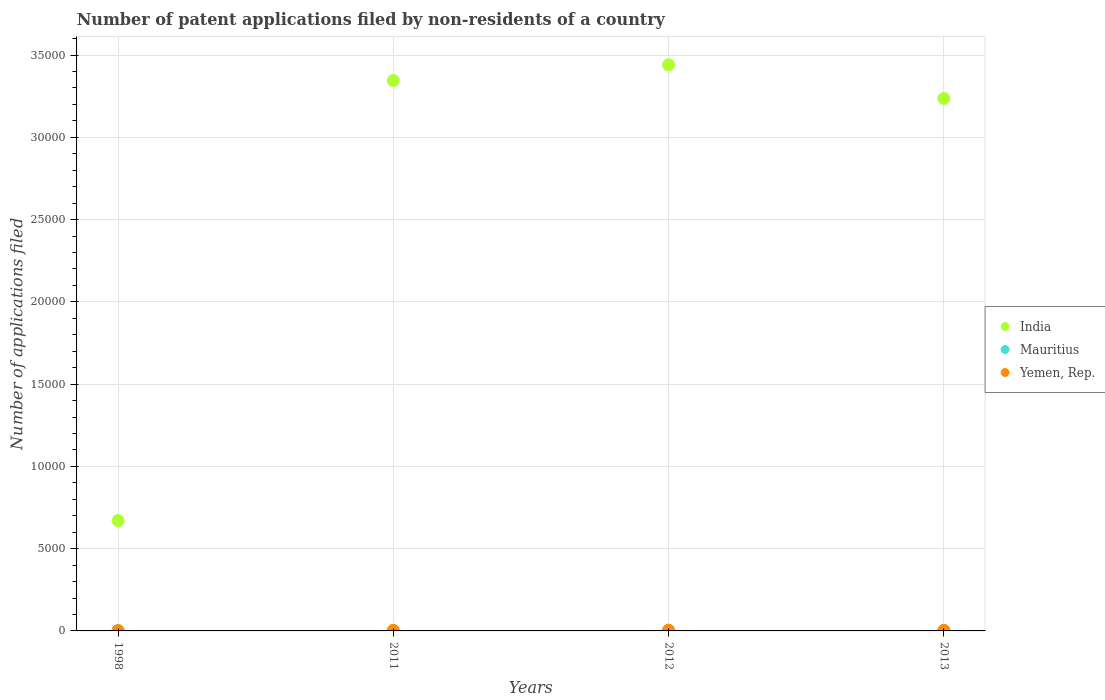
| Years | India | Mauritius | Yemen, Rep. |
 | --- | --- | --- | --- |
 | 1998 | 6.71e+03 | 12 | 16 |
 | 2011 | 3.34e+04 | 19 | 37 |
 | 2012 | 3.44e+04 | 14 | 49 |
 | 2013 | 3.24e+04 | 18 | 37 |